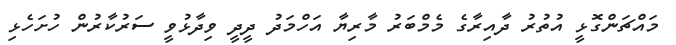
މައްޗަންގޮޅީ އުތުރު ދާއިރާގެ މެމްބަރު މާރިޔާ އަހްމަދު ދީދީ ވިދާޅުވީ ސަރުކާރުން ހުށަހެޅި